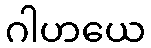
ဂါဟယေ